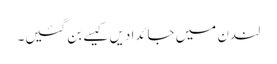
لندن میں جائدادیں کیسے بن گئیں۔